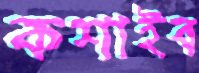
কশাইব